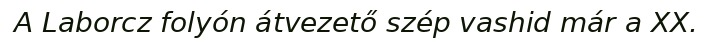
A Laborcz folyón átvezető szép vashid már a XX.